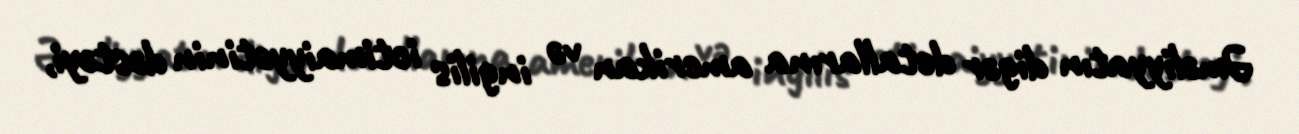
Əməliyyatın digər detallarına amerikan və ingilis ictimaiyyətinin dəstəyi,